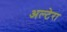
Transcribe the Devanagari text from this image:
अल्टेरा